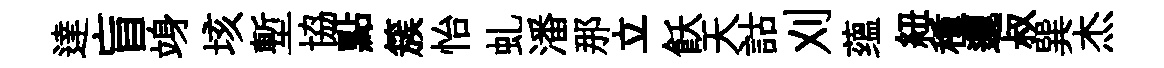
達盲竧垓塹協點簇怡虬潘那立飫天詁刈蕴紐種邐叔巽杰